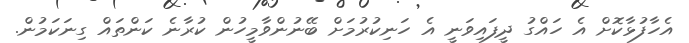
އެހާފުޅާކޮށް އެ ހައްގު ދީފައިވަނީ އެ ހަނިކުރުމަށް ބޭނުންވާމީހުން ކުރާނެ ކަންތައް ގިނަކަމުން.